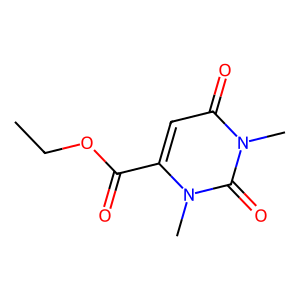
SMILES: CCOC(=O)c1cc(=O)n(C)c(=O)n1C
Inhibits HIV replication: No